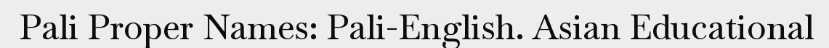
Pali Proper Names: Pali-English. Asian Educational